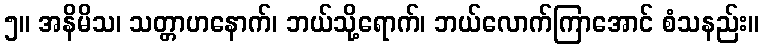
၅။ အနိမိသ၊ သတ္တာဟနောက်၊ ဘယ်သို့ရောက်၊ ဘယ်လောက်ကြာအောင် စံသနည်း။